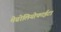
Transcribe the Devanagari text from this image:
मेग्नोलियोफाईटा